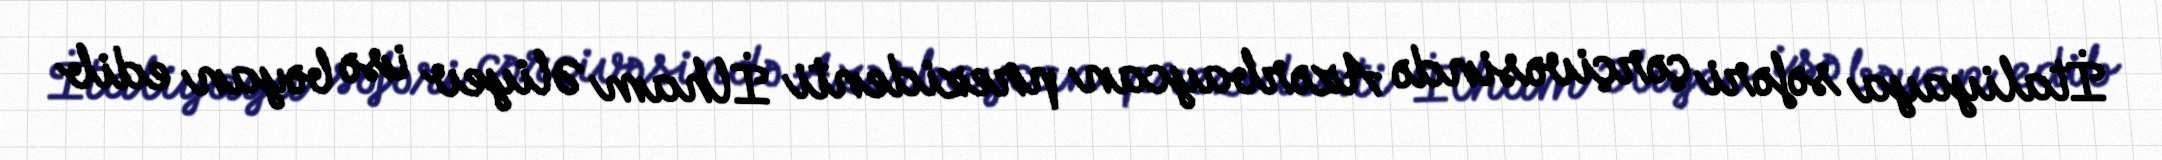
İtaliyaya səfəri çərçivəsində Azərbaycan prezidenti İlham Əliyev isə bəyan edib